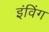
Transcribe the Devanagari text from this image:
इंविंग